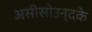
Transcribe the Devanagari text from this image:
असीसोउन्दके